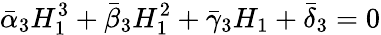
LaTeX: \bar{\alpha}_{3}H_{1}^{3}+\bar{\beta}_{3}H_{1}^{2}+\bar{\gamma}_{3}H_{1}+\bar{\delta}_{3}=0